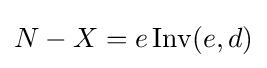
N-X=e\operatorname {Inv} (e,d)